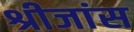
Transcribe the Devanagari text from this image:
श्रीजांस